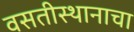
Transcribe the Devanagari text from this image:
वसतीस्थानाचा